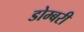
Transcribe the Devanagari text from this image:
डोम्‍बरी